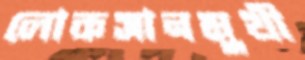
লোকসানমুখী